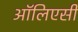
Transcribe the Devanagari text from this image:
ऑलिएसी